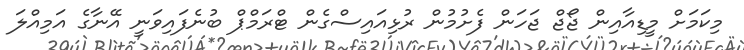
މިކަމަށް މީޑިއާއިން ޖޯޖް ޖަހަން ފެށުމުން ރުޅިއައިސްގެން ޓްރަމްޕް ބުނެފައިވަނީ އޭނާގެ އަމިއްލަ